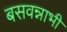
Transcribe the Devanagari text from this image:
बसवन्नाभी